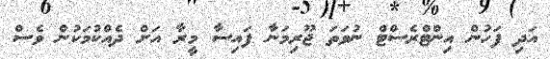
އަދި ފަހުން އިންޓްރެސްޓް ނުވަތަ ޖޫރިމަނާ ފައިސާ މީރާ އަށް ދެއްކުމަކުން ވެސް